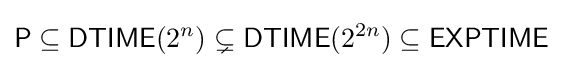
{\mathsf {P}}\subseteq {\mathsf {DTIME}}(2^{n})\subsetneq {\mathsf {DTIME}}(2^{2n})\subseteq {\mathsf {EXPTIME}}